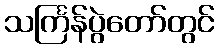
သင်္ကြန်ပွဲတော်တွင်